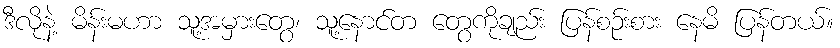
ဒီလိုနဲ့ မိန်းမဟာ သူ့အမှားတွေ၊ သူ့နောင်တ တွေကိုချည်း ပြန်စဉ်းစား နေမိ ပြန်တယ်။